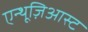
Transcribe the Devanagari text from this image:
एन्थूज़िआस्ट